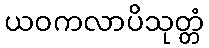
ယဝကလာပိသုတ္တံ